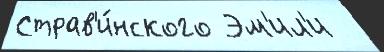
Страв'и́нского Эм'ил'и